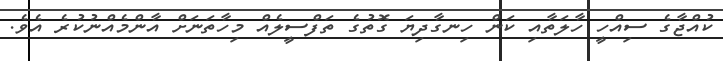
ކުއްޖާގެ ސިއްހީ ހާލަތާއި ކަން ހިނގާދިޔަ ގޮތުގެ ތަފްސީލެއް މިހާތަނަށް އާންމެއްނުކުރެ އެވެ.